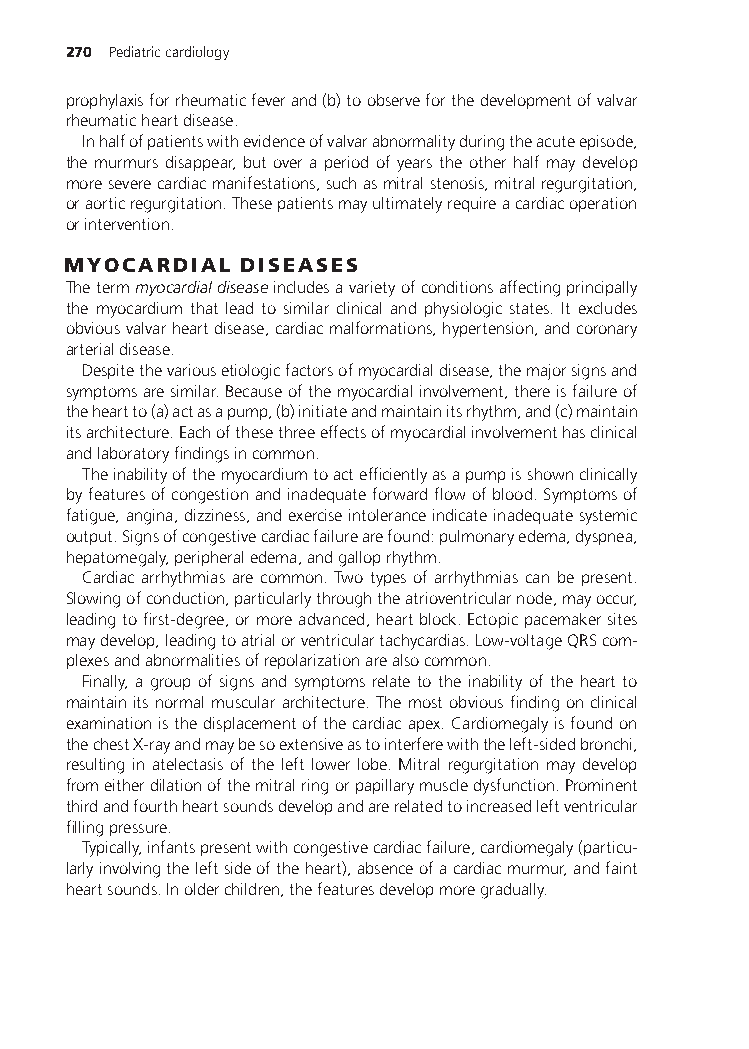
270 Pediatriccardiology
 prophylaxisforrheumaticfeverand(b)toobserveforthedevelopmentofvalvar
 rheumaticheartdisease.
 Inhalfofpatientswithevidenceofvalvarabnormalityduringtheacuteepisode,
 the murmurs disappear, but over a period of years the other half may develop
 moreseverecardiacmanifestations,suchasmitralstenosis,mitralregurgitation,
 oraorticregurgitation.Thesepatientsmayultimatelyrequireacardiacoperation
 orintervention.
 MYOCARDIAL DISEASES
 Thetermmyocardialdiseaseincludesavarietyofconditionsaffectingprincipally
 the myocardium that lead to similar clinical and physiologic states. It excludes
 obviousvalvarheartdisease,cardiacmalformations,hypertension,andcoronary
 arterialdisease.
 Despitethevariousetiologicfactorsofmyocardialdisease,themajorsignsand
 symptomsaresimilar.Becauseofthemyocardialinvolvement,thereisfailureof
 theheartto(a)actasapump,(b)initiateandmaintainitsrhythm,and(c)maintain
 itsarchitecture.Eachofthesethreeeffectsofmyocardialinvolvementhasclinical
 andlaboratoryfindingsincommon.
 Theinabilityofthemyocardiumtoactefficientlyasapumpisshownclinically
 byfeaturesofcongestionandinadequateforwardflowofblood.Symptomsof
 fatigue,angina,dizziness,andexerciseintoleranceindicateinadequatesystemic
 output.Signsofcongestivecardiacfailurearefound:pulmonaryedema,dyspnea,
 hepatomegaly,peripheraledema,andgalloprhythm.
 Cardiac arrhythmias are common. Two types of arrhythmias can be present.
 Slowingofconduction,particularlythroughtheatrioventricularnode,mayoccur,
 leadingtofirst-degree,ormoreadvanced,heartblock.Ectopicpacemakersites
 maydevelop,leadingtoatrialorventriculartachycardias.Low-voltageQRScom-
 plexesandabnormalitiesofrepolarizationarealsocommon.
 Finally, a group of signs and symptoms relate to the inability of the heart to
 maintainitsnormalmusculararchitecture.Themostobviousfindingonclinical
 examinationisthedisplacementofthecardiacapex.Cardiomegalyisfoundon
 thechestX-rayandmaybesoextensiveastointerferewiththeleft-sidedbronchi,
 resulting in atelectasis of the left lower lobe. Mitral regurgitation may develop
 fromeitherdilationofthemitralringorpapillarymuscledysfunction.Prominent
 thirdandfourthheartsoundsdevelopandarerelatedtoincreasedleftventricular
 fillingpressure.
 Typically,infantspresentwithcongestivecardiacfailure,cardiomegaly(particu-
 larlyinvolvingtheleftsideoftheheart),absenceofacardiacmurmur,andfaint
 heartsounds.Inolderchildren,thefeaturesdevelopmoregradually.